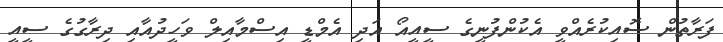
ފަރާތުން ސޮއިކުރެއްވީ އެކުންފުނީގެ ސީއީއޯ އަދި އެމްޑީ އިސްމާއިލް ވަހީދުއާއި ދިރާގުގެ ސީއީ